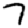
Digit: 7